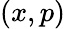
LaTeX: (x,p)